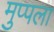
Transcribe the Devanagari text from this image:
मुप्पला